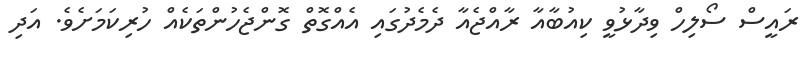
ރައީސް ސޯލިހް ވިދާޅުވީ ކިއުބާއާ ރާއްޖެއާ ދެމެދުގައި އެއްގޮތް ގޮންޖެހުންތަކެއް ހުރިކަމަށެވެ. އަދި